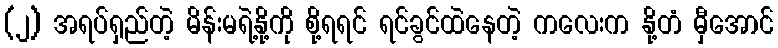
(၂) အရပ်ရှည်တဲ့ မိန်းမရဲ့နို့ကို စို့ရရင် ရင်ခွင်ထဲနေတဲ့ ကလေးက နို့တံ မှီအောင်